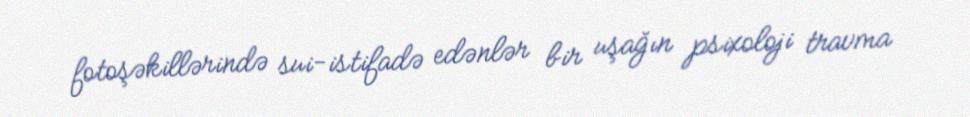
fotoşəkillərində sui-istifadə edənlər bir uşağın psixoloji travma